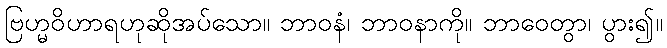
ဗြဟ္မဝိဟာရဟုဆိုအပ်သော။ ဘာဝနံ၊ ဘာဝနာကို။ ဘာဝေတွာ၊ ပွား၍။